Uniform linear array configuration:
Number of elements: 12
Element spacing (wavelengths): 1
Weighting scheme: hamming
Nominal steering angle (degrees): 0
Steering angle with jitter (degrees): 1.381
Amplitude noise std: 0.05
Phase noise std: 0.05

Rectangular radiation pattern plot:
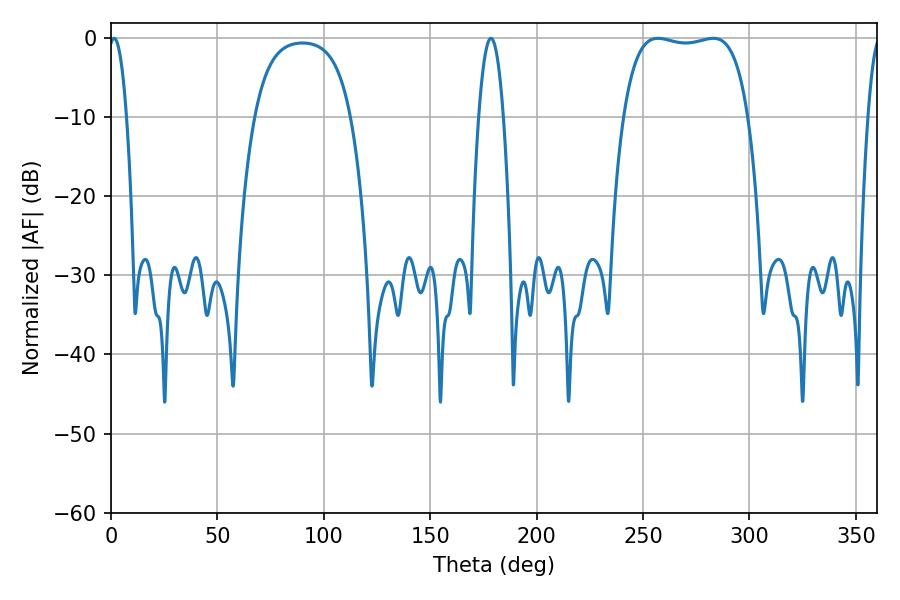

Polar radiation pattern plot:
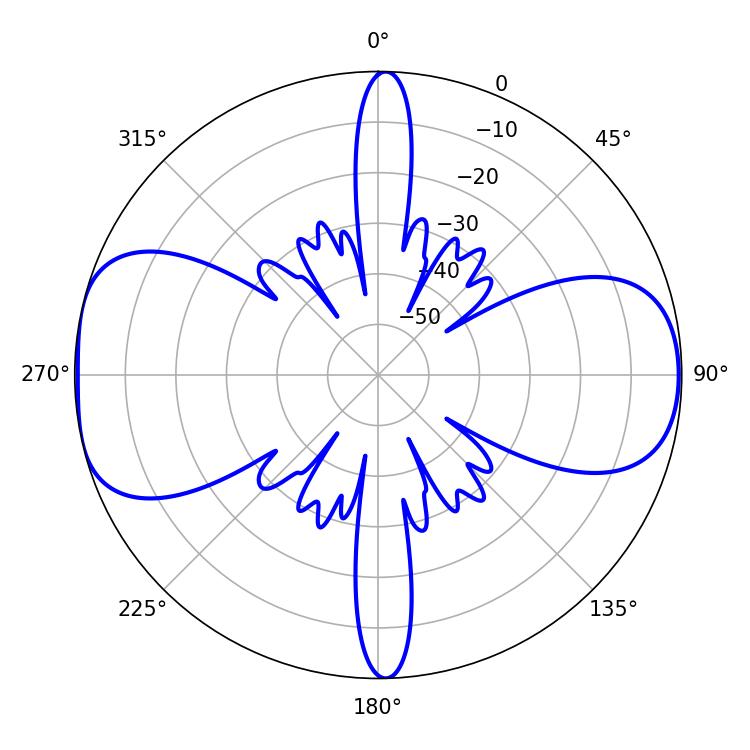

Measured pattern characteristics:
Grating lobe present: TRUE
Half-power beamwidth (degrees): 46.8
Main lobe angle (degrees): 257.04